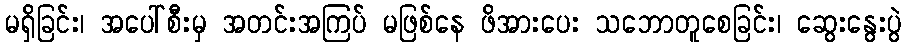
မရှိခြင်း၊ အပေါ်စီးမှ အတင်းအကြပ် မဖြစ်နေ ဖိအားပေး သဘောတူစေခြင်း၊ ဆွေးနွေးပွဲ